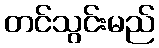
တင်သွင်းမည်